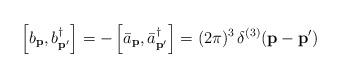
LaTeX: \begin{align*}\left[b_{\bf p},b^{\dag}_{\bf p'}\right] =- \left[{\bar a}_{\bf p},{\bar a}^{\dag}_{\bf p'}\right] =(2\pi)^{3}\,\delta^{(3)}({\bf p} - {\bf p'})\end{align*}